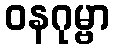
ဝနဂုမ္ဗာ